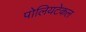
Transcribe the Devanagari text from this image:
पोलियटेकल